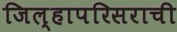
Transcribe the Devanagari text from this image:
जिल्हापरिसराची